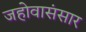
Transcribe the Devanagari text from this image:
जहोवासंसार